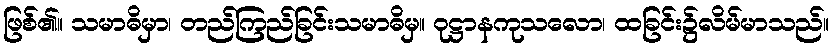
ဖြစ်၏။ သမာဓိမှာ၊ တည်ကြည်ခြင်းသမာဓိမှ။ ဝုဋ္ဌာနကုသလော၊ ထခြင်း၌လိမ်မာသည်။